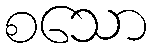
စသော